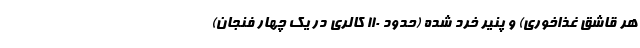
هر قاشق غذاخوری) و پنیر خرد شده (حدود 110 کالری در یک چهار فنجان)